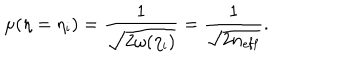
\mu ( \eta = \eta _ { \mathrm { i } } ) = \frac { 1 } { \sqrt { 2 \omega ( \eta _ { \mathrm { i } } ) } } = \frac { 1 } { \sqrt { 2 n _ { \mathrm { e f f } } } } .